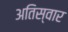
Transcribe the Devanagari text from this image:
अतिस्वार